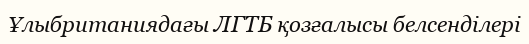
Ұлыбританиядағы ЛГТБ қозғалысы белсенділері